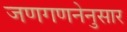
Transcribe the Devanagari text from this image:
जणगणनेनुसार